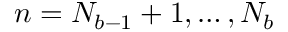
n = N _ { b - 1 } + 1 , \dots , N _ { b }